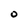
Character: O